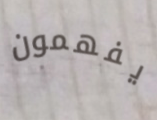
يفهمون